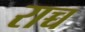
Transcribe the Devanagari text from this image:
राच्च